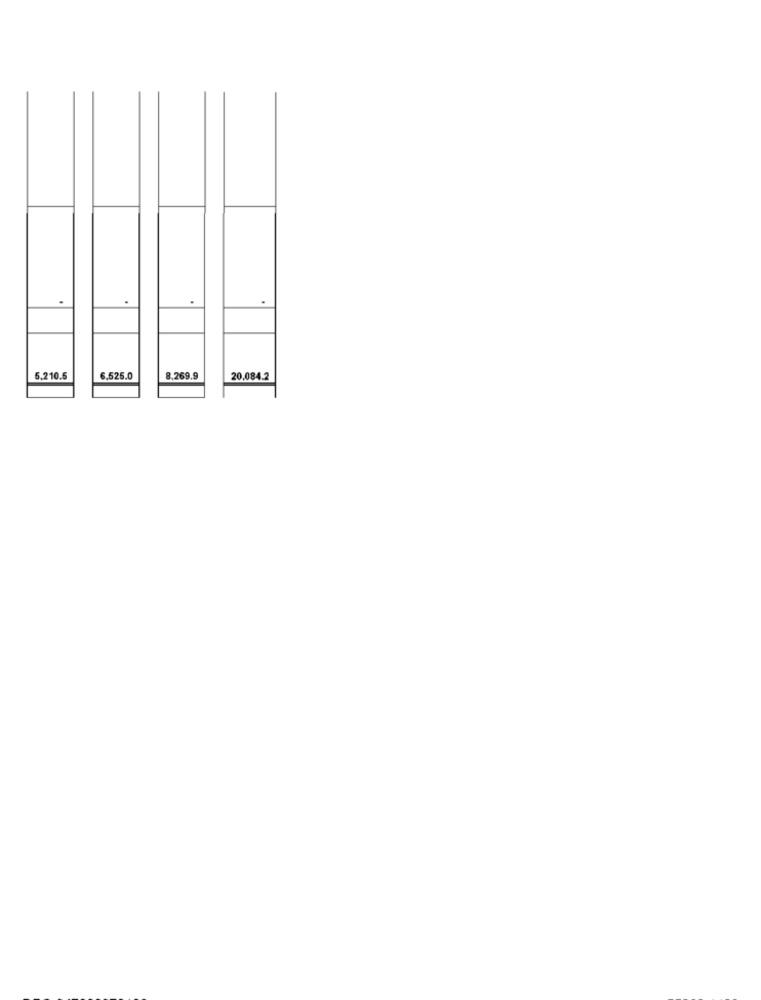
.
.
5.210.5
6.525.0
8.269.9
20.084.2